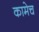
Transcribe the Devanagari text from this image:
कामेच